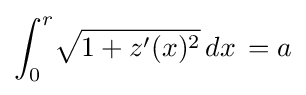
\int _{0}^{r}\!{\sqrt {1+z'(x)^{2}}}\,dx\,=a